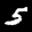
Label: 5